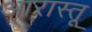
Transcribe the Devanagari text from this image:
आरास्तू